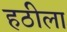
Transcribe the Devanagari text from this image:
हठीला